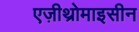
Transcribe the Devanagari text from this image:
एज़ीथ्रोमाइसीन